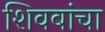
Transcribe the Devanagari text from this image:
शिवबांचा